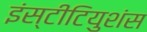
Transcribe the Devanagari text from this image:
इंस्टीटियुशंस